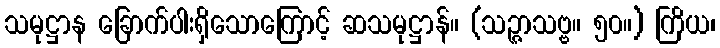
သမုဋ္ဌာန ခြောက်ပါးရှိသောကြောင့် ဆသမုဋ္ဌာန်။ (သဉ္ဇာသဗ္ဗ။ ၅၀။) ကြိယ၊